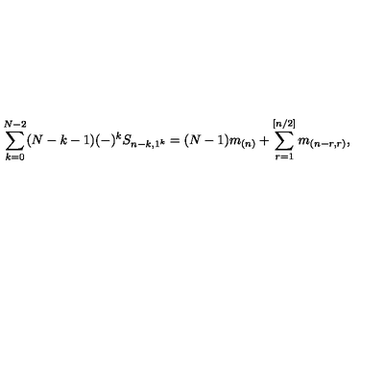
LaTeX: \sum _ { k = 0 } ^ { N - 2 } ( N - k - 1 ) ( - ) ^ { k } S _ { n - k , 1 ^ { k } } = ( N - 1 ) m _ { ( n ) } + \sum _ { r = 1 } ^ { [ n / 2 ] } m _ { ( n - r , r ) } , \nonumber